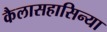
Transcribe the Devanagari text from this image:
कैलासहासिन्या